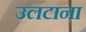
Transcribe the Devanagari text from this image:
उलटाना